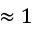
\approx 1